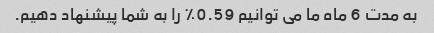
به مدت 6 ماه ما می توانیم 0.59٪ را به شما پیشنهاد دهیم.